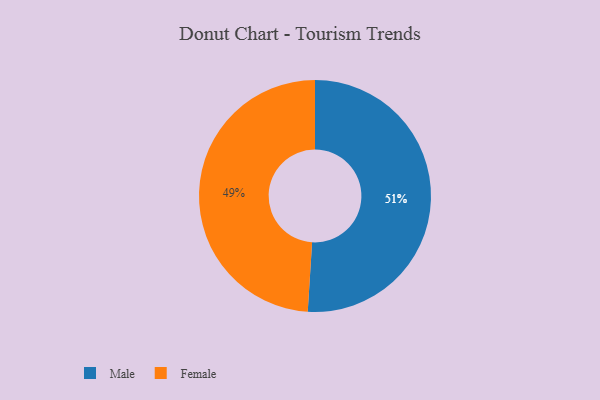
{"axis": {"x": "Category", "y": "Percentage"}, "legend": ["Female", "Male"], "data": [{"x": "Male", "y": 51, "type": "Male"}, {"x": "Female", "y": 49, "type": "Female"}]}